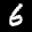
Label: 6